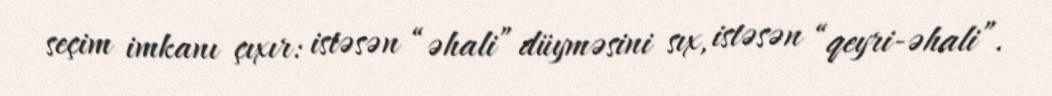
seçim imkanı çıxır: istəsən “əhali” düyməsini sıx, istəsən “qeyri-əhali”.